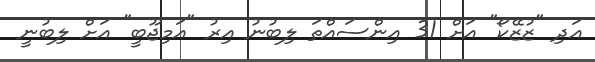
އަދި "ޒުޒޭކޯ" އަށް 31 އިންސައްތަ ލިބުނު އިރު "އަމިޖޫބީ" އަށް ލިބުނީ